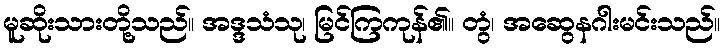
မူဆိုးသားတို့သည်။ အဒ္ဒသံသု၊ မြင်ကြကုန်၏။ တွံ၊ အဆွေနဂါးမင်းသည်။